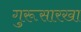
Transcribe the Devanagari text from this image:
गुरूसारखा